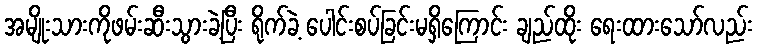
အမျိုးသားကိုဖမ်းဆီးသွားခဲ့ပြီး ရိုက်ခဲ့ ပေါင်းစပ်ခြင်းမရှိကြောင်း ချည်ထိုး ရေးထားသော်လည်း